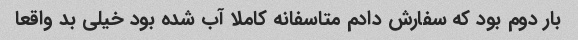
بار دوم بود که سفارش دادم متاسفانه کاملا آب شده بود خیلی بد واقعا